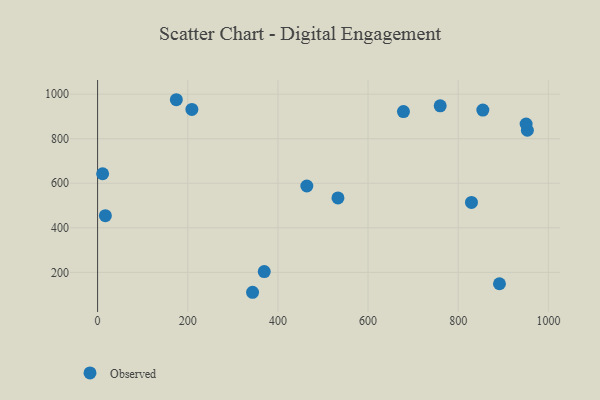
{"axis": {"x": "Engine Size", "y": "Profit"}, "legend": ["Observed"], "data": [{"x": "953.4", "y": 838.2, "type": "Observed"}, {"x": "369.7", "y": 203.5, "type": "Observed"}, {"x": "760.0", "y": 948.0, "type": "Observed"}, {"x": "464.2", "y": 587.8, "type": "Observed"}, {"x": "174.7", "y": 975.2, "type": "Observed"}, {"x": "209.2", "y": 931.6, "type": "Observed"}, {"x": "829.4", "y": 513.9, "type": "Observed"}, {"x": "343.8", "y": 110.6, "type": "Observed"}, {"x": "854.6", "y": 928.9, "type": "Observed"}, {"x": "533.2", "y": 534.2, "type": "Observed"}, {"x": "950.6", "y": 866.3, "type": "Observed"}, {"x": "17.3", "y": 454.4, "type": "Observed"}, {"x": "11.2", "y": 642.9, "type": "Observed"}, {"x": "891.5", "y": 148.8, "type": "Observed"}, {"x": "678.5", "y": 921.8, "type": "Observed"}]}